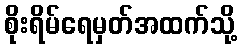
စိုးရိမ်ရေမှတ်အထက်သို့